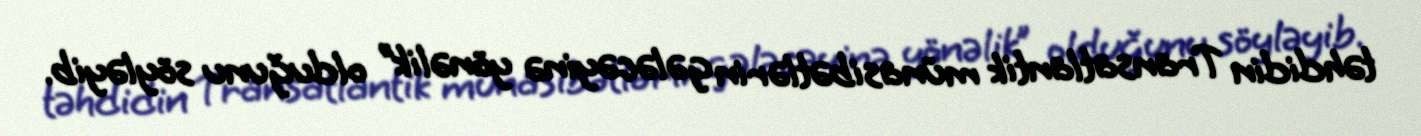
təhdidin Transatlantik münasibətlərin gələcəyinə yönəlik” olduğunu söyləyib.